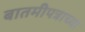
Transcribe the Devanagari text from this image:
बातमीपत्राच्या